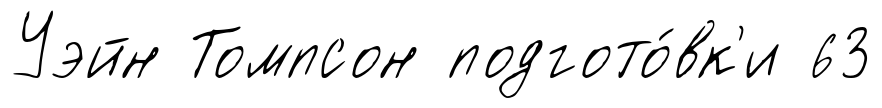
Уэйн Томпсон подгото́вк'и 63